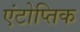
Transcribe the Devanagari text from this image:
एंटोप्तिक